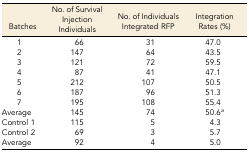
<table><thead><tr><td><b>Batches</b></td><td><b>No. of Survival Injection Individuals</b></td><td><b>No. of Individuals Integrated RFP</b></td><td><b>Integration Rates (%)</b></td></tr></thead><tbody><tr><td>1</td><td>66</td><td>31</td><td>47.0</td></tr><tr><td>2</td><td>147</td><td>64</td><td>43.5</td></tr><tr><td>3</td><td>121</td><td>72</td><td>59.5</td></tr><tr><td>4</td><td>87</td><td>41</td><td>47.1</td></tr><tr><td>5</td><td>212</td><td>107</td><td>50.5</td></tr><tr><td>6</td><td>187</td><td>96</td><td>51.3</td></tr><tr><td>7</td><td>195</td><td>108</td><td>55.4</td></tr><tr><td>Average</td><td>145</td><td>74</td><td>50.6<i><sup>a</sup></i></td></tr><tr><td>Control 1</td><td>115</td><td>5</td><td>4.3</td></tr><tr><td>Control 2</td><td>69</td><td>3</td><td>5.7</td></tr><tr><td>Average</td><td>92</td><td>4</td><td>5.0</td></tr></tbody></table>